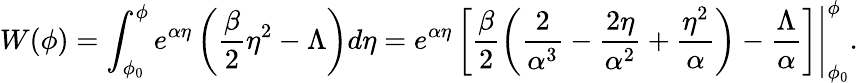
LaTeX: W(\phi)=\int_{\phi_{0}}^{\phi}e^{\alpha\eta}\left(\frac{\beta}{2}\eta^{2}-\Lambda\right)d\eta=\left.e^{\alpha\eta}\left[\frac{\beta}{2}\left(\frac{2}{\alpha^{3}}-\frac{2\eta}{\alpha^{2}}+\frac{\eta^{2}}{\alpha}\right)-\frac{\Lambda}{\alpha}\right]\right|_{\phi_{0}}^{\phi}.